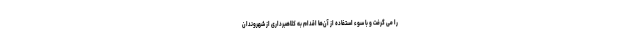
را می گرفت و با سوء استفاده از آن‌ها اقدام به کلاهبرداری از شهروندان